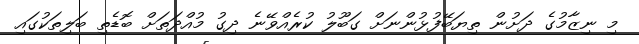
މި ނިޒާމުގެ ދަށުން ތިޔަބޭފުޅުންނަށް ގަބޫލު ކުރެއްވޭނެ ދިގު މުއްދަތަށް ބޮޑެތި ބަލިތަކުގައި